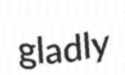
gladly